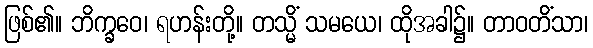
ဖြစ်၏။ ဘိက္ခဝေ၊ ရဟန်းတို့။ တသ္မိံ သမယေ၊ ထိုအခါ၌။ တာဝတိံသာ၊